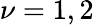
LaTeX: \nu=1,2